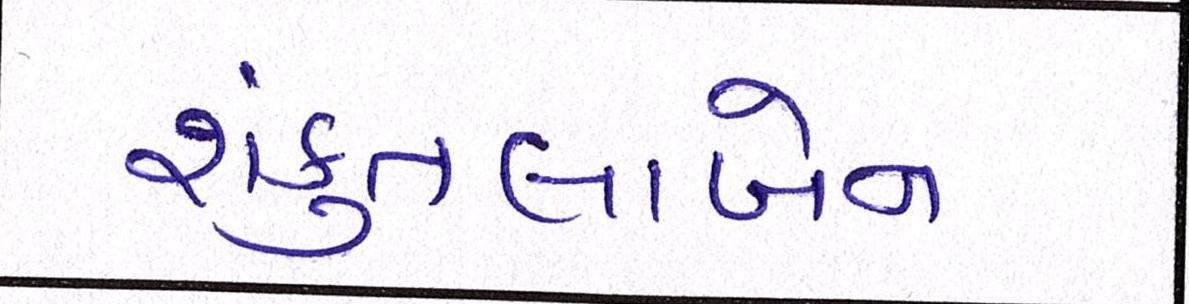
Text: શંકુતલાબેન